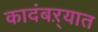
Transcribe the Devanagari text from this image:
कादंबऱ्यात